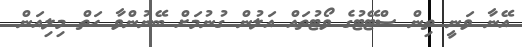
އޭނާ ވަނީ ތިން ސްޓޭޓުގެ ވޯޓުތައް އަލުން ގުނުމަށް ބޭނުންވާ ހަތް މިލިއަން